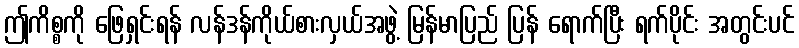
ဤကိစ္စကို ဖြေရှင်းရန် လန်ဒန်ကိုယ်စားလှယ်အဖွဲ့ မြန်မာပြည် ပြန် ရောက်ပြီး ရက်ပိုင်း အတွင်းပင်